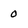
Character: 0